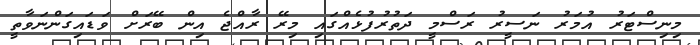
މިނިސްޓަރު އުމަރު ނަސީރު ރަސްމީ ދަތުރުފުޅެއްގައި މިރޭ ރާއްޖެ އިން ބޭރަށް ވަޑައިގަންނަވާތީ